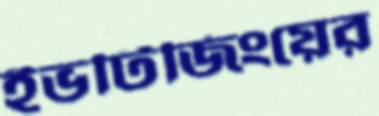
ইভটিজিংয়ের